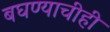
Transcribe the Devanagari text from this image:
बघण्याचीही